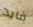
فايد